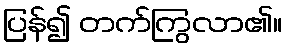
ပြန်၍ တက်ကြွလာ၏။